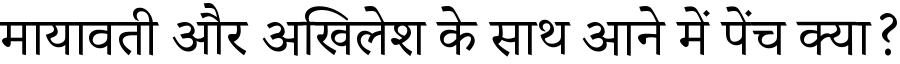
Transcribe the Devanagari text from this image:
मायावती और अखिलेश के साथ आने में पेंच क्या?